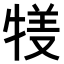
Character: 𤚇